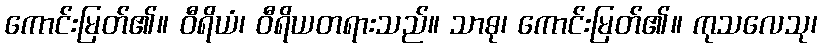
ကောင်းမြတ်၏။ ဝီရိယံ၊ ဝီရိယတရားသည်။ သာဓု၊ ကောင်းမြတ်၏။ ကုသလေသု၊